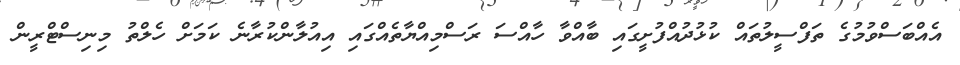
އެއްބަސްވުމުގެ ތަފްސީލުތައް ކުޅުދުއްފުށީގައި ބާއްވާ ހާއްސަ ރަސްމިއްޔާތެއްގައި އިއުލާންކުރާނެ ކަމަށް ހެލްތު މިނިސްޓްރީން